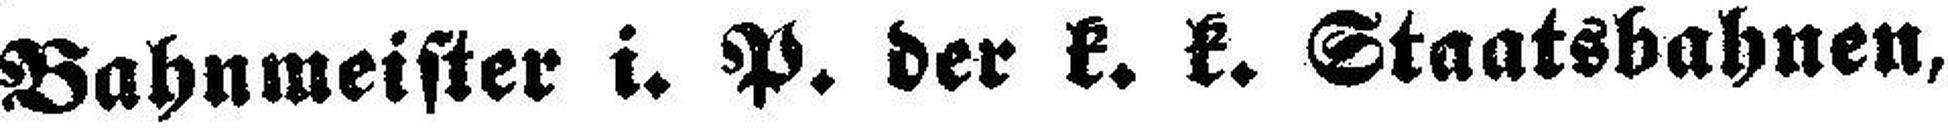
Bahnmeister i. P. der k. k. Staatsbahnen,